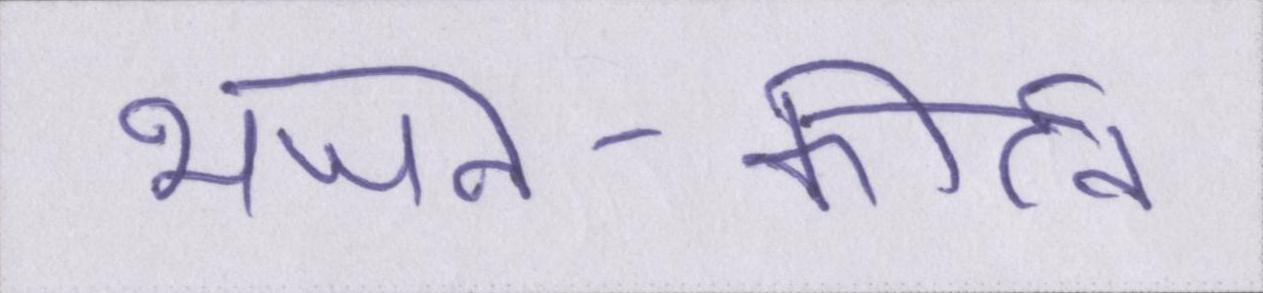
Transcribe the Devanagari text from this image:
भजन-कीर्तन